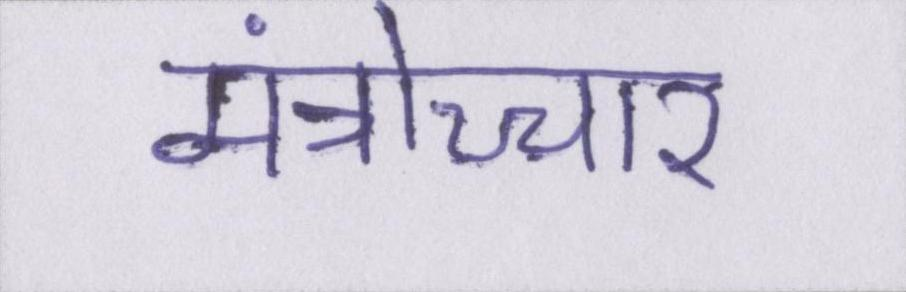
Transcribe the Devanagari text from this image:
मंत्रोच्चार